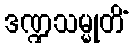
ဒဏ္ဍသမ္မုတိံ